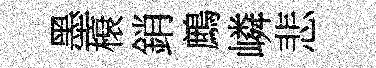
墨榱銷鷓嶙悲